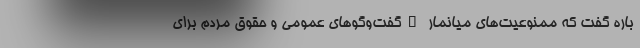
باره گفت که ممنوعیت‌های میانمار "گفت‌و‌گوهای عمومی و حقوق مردم برای